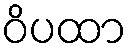
ဝိပထာ